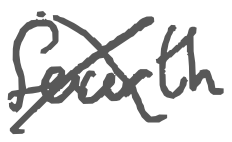
Text: fourth
Cross-out: cross
Writing tool: digital_gray